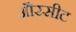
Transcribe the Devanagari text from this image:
औरसीट